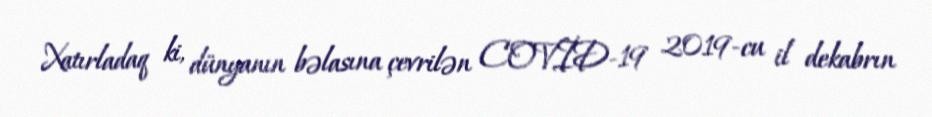
Xatırladaq ki, dünyanın bəlasına çevrilən COVİD-19 2019-cu il dekabrın